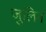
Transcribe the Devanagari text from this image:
जुलिन